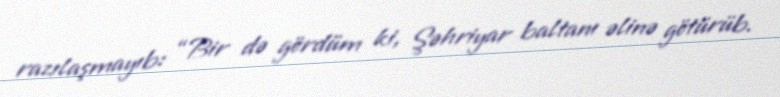
razılaşmayıb: “Bir də gördüm ki, Şəhriyar baltanı əlinə götürüb.